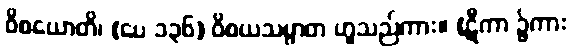
ဝိစယောတိ၊ (ပေ ၁၃၆) ဝိစယသမ္ပာတ ဟူသည်ကား။ (ဋီကာ ၌ကား